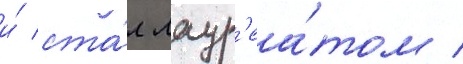
и́ ста́л лаур'еа́том /